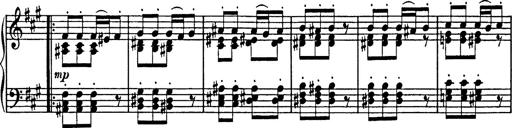
Title: Mephisto Polka
Composer: Franz Liszt